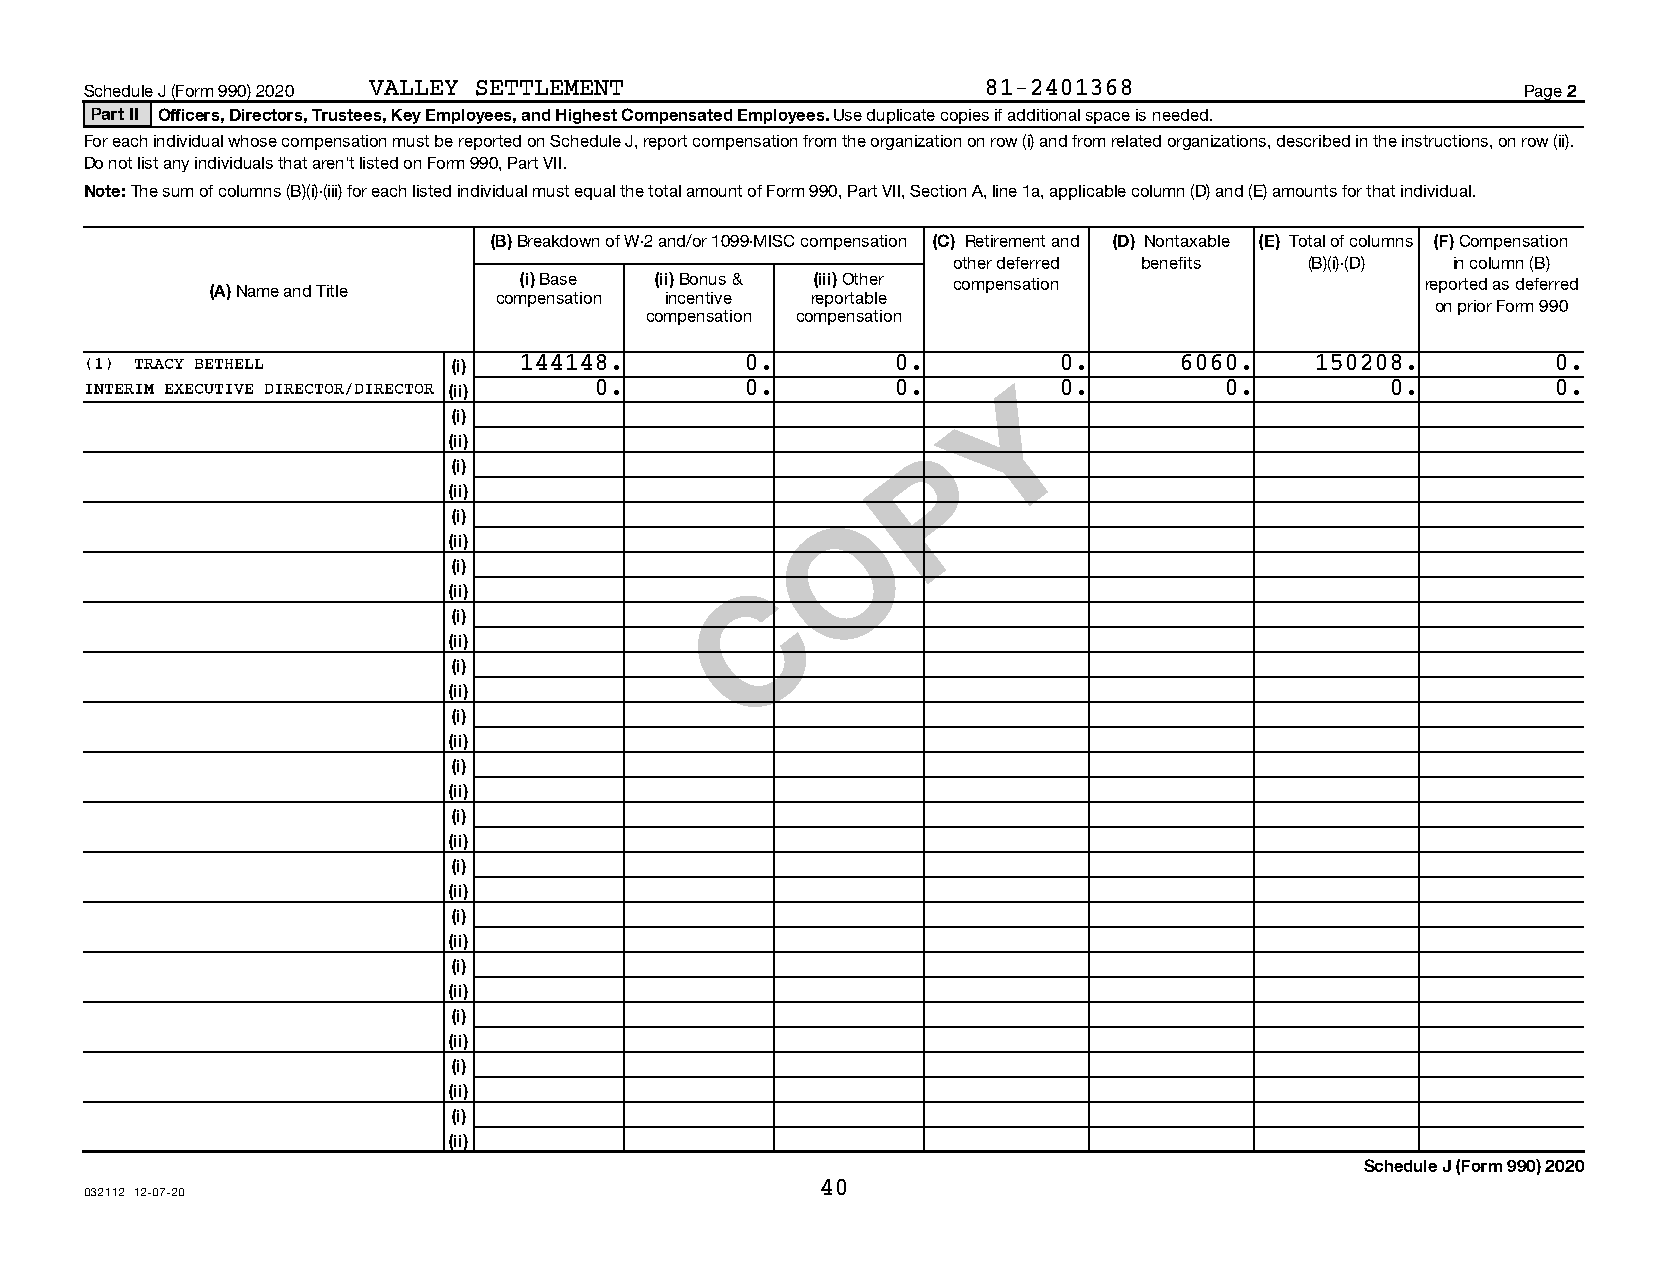
Schedule J (Form 990) 2020 VALLEY SETTLEMENT               81-2401368                          Page 2
 Part II Officers, Directors, Trustees, Key Employees, and Highest Compensated Employees. Use duplicate copies if additional space is needed.
 For each individual whose compensation must be reported on Schedule J, report compensation from the organization on row (i) and from related organizations, described in the instructions, on row (ii).
 Do not list any individuals that aren’t listed on Form 990, Part VII.
 Note: The sum of columns (B)(i)-(iii) for each listed individual must equal the total amount of Form 990, Part VII, Section A, line 1a, applicable column (D) and (E) amounts for that individual.
 (B) Breakdown of W-2 and/or 1099-MISC compensation (C) Retirement and (D) Nontaxable (E) Total of columns (F) Compensation
 other deferred benefits (B)(i)-(D) in column (B)
 (i) Base (ii) Bonus & (iii) Other compensation              reported as deferred
 (A) Name and Title
 compensation incentive reportable
 on prior Form 990
 compensation compensation
 (1) TRACY BETHELL       (i) 144148.        0.        0.         0.      6060.    150208.         0.
 INTERIM EXECUTIVE DIRECTOR/DIRECTOR (ii) 0. 0.       0.      Y  0.         0.         0.         0.
 (i)
 (ii)                           P
 (i)
 (ii)
 O
 (i)
 (ii)
 (i)
 C
 (ii)
 (i)
 (ii)
 (i)
 (ii)
 (i)
 (ii)
 (i)
 (ii)
 (i)
 (ii)
 (i)
 (ii)
 (i)
 (ii)
 (i)
 (ii)
 (i)
 (ii)
 (i)
 (ii)
 (i)
 (ii)
 Schedule J (Form 990) 2020
 40
 032112 12-07-20
 07411112 765183 7015         2020.04030 VALLEY SETTLEMENT           7015___1